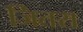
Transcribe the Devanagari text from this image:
जितरा